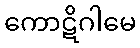
ကောဋိဂါမေ